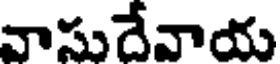
వాసుదేవాయ